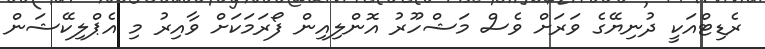
ރެޑިޓްއަކީ ދުނިޔޭގެ ވަރަށް ވެސް މަޝްހޫރު އޮންލިއިން ފޯރަމަކަށް ވާއިރު މި އެޕްލިކޭޝަން